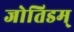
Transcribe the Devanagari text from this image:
जोतिडम्